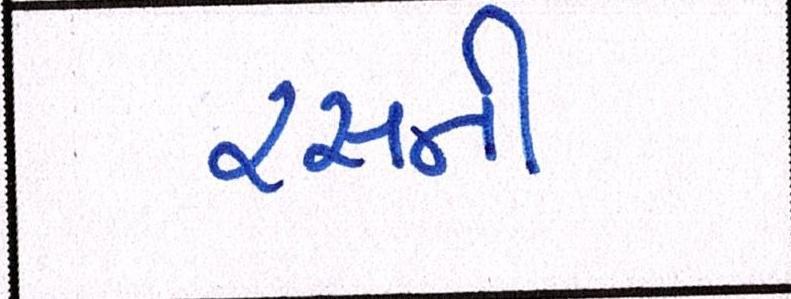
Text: રસની